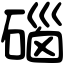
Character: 碯